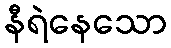
နီရဲနေသော